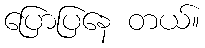
ပြောပြနေ တယ်။